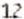
12